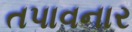
તપાવનાર